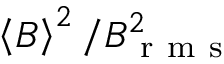
\left\langle { B } \right\rangle ^ { 2 } / B _ { \mathrm { ~ r ~ m ~ s ~ } } ^ { 2 }